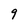
Character: 9